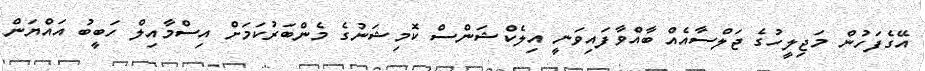
އޭގެފަހުން މަޖިލީހުގެ ޖަލްސާއެއް ބާއްވާފައިވަނީ އިލެކްޝަންސް ކޮމިޝަނުގެ މެންބަރުކަމަށް އިސްމާއިލް ހަބީބު އައްޔަން